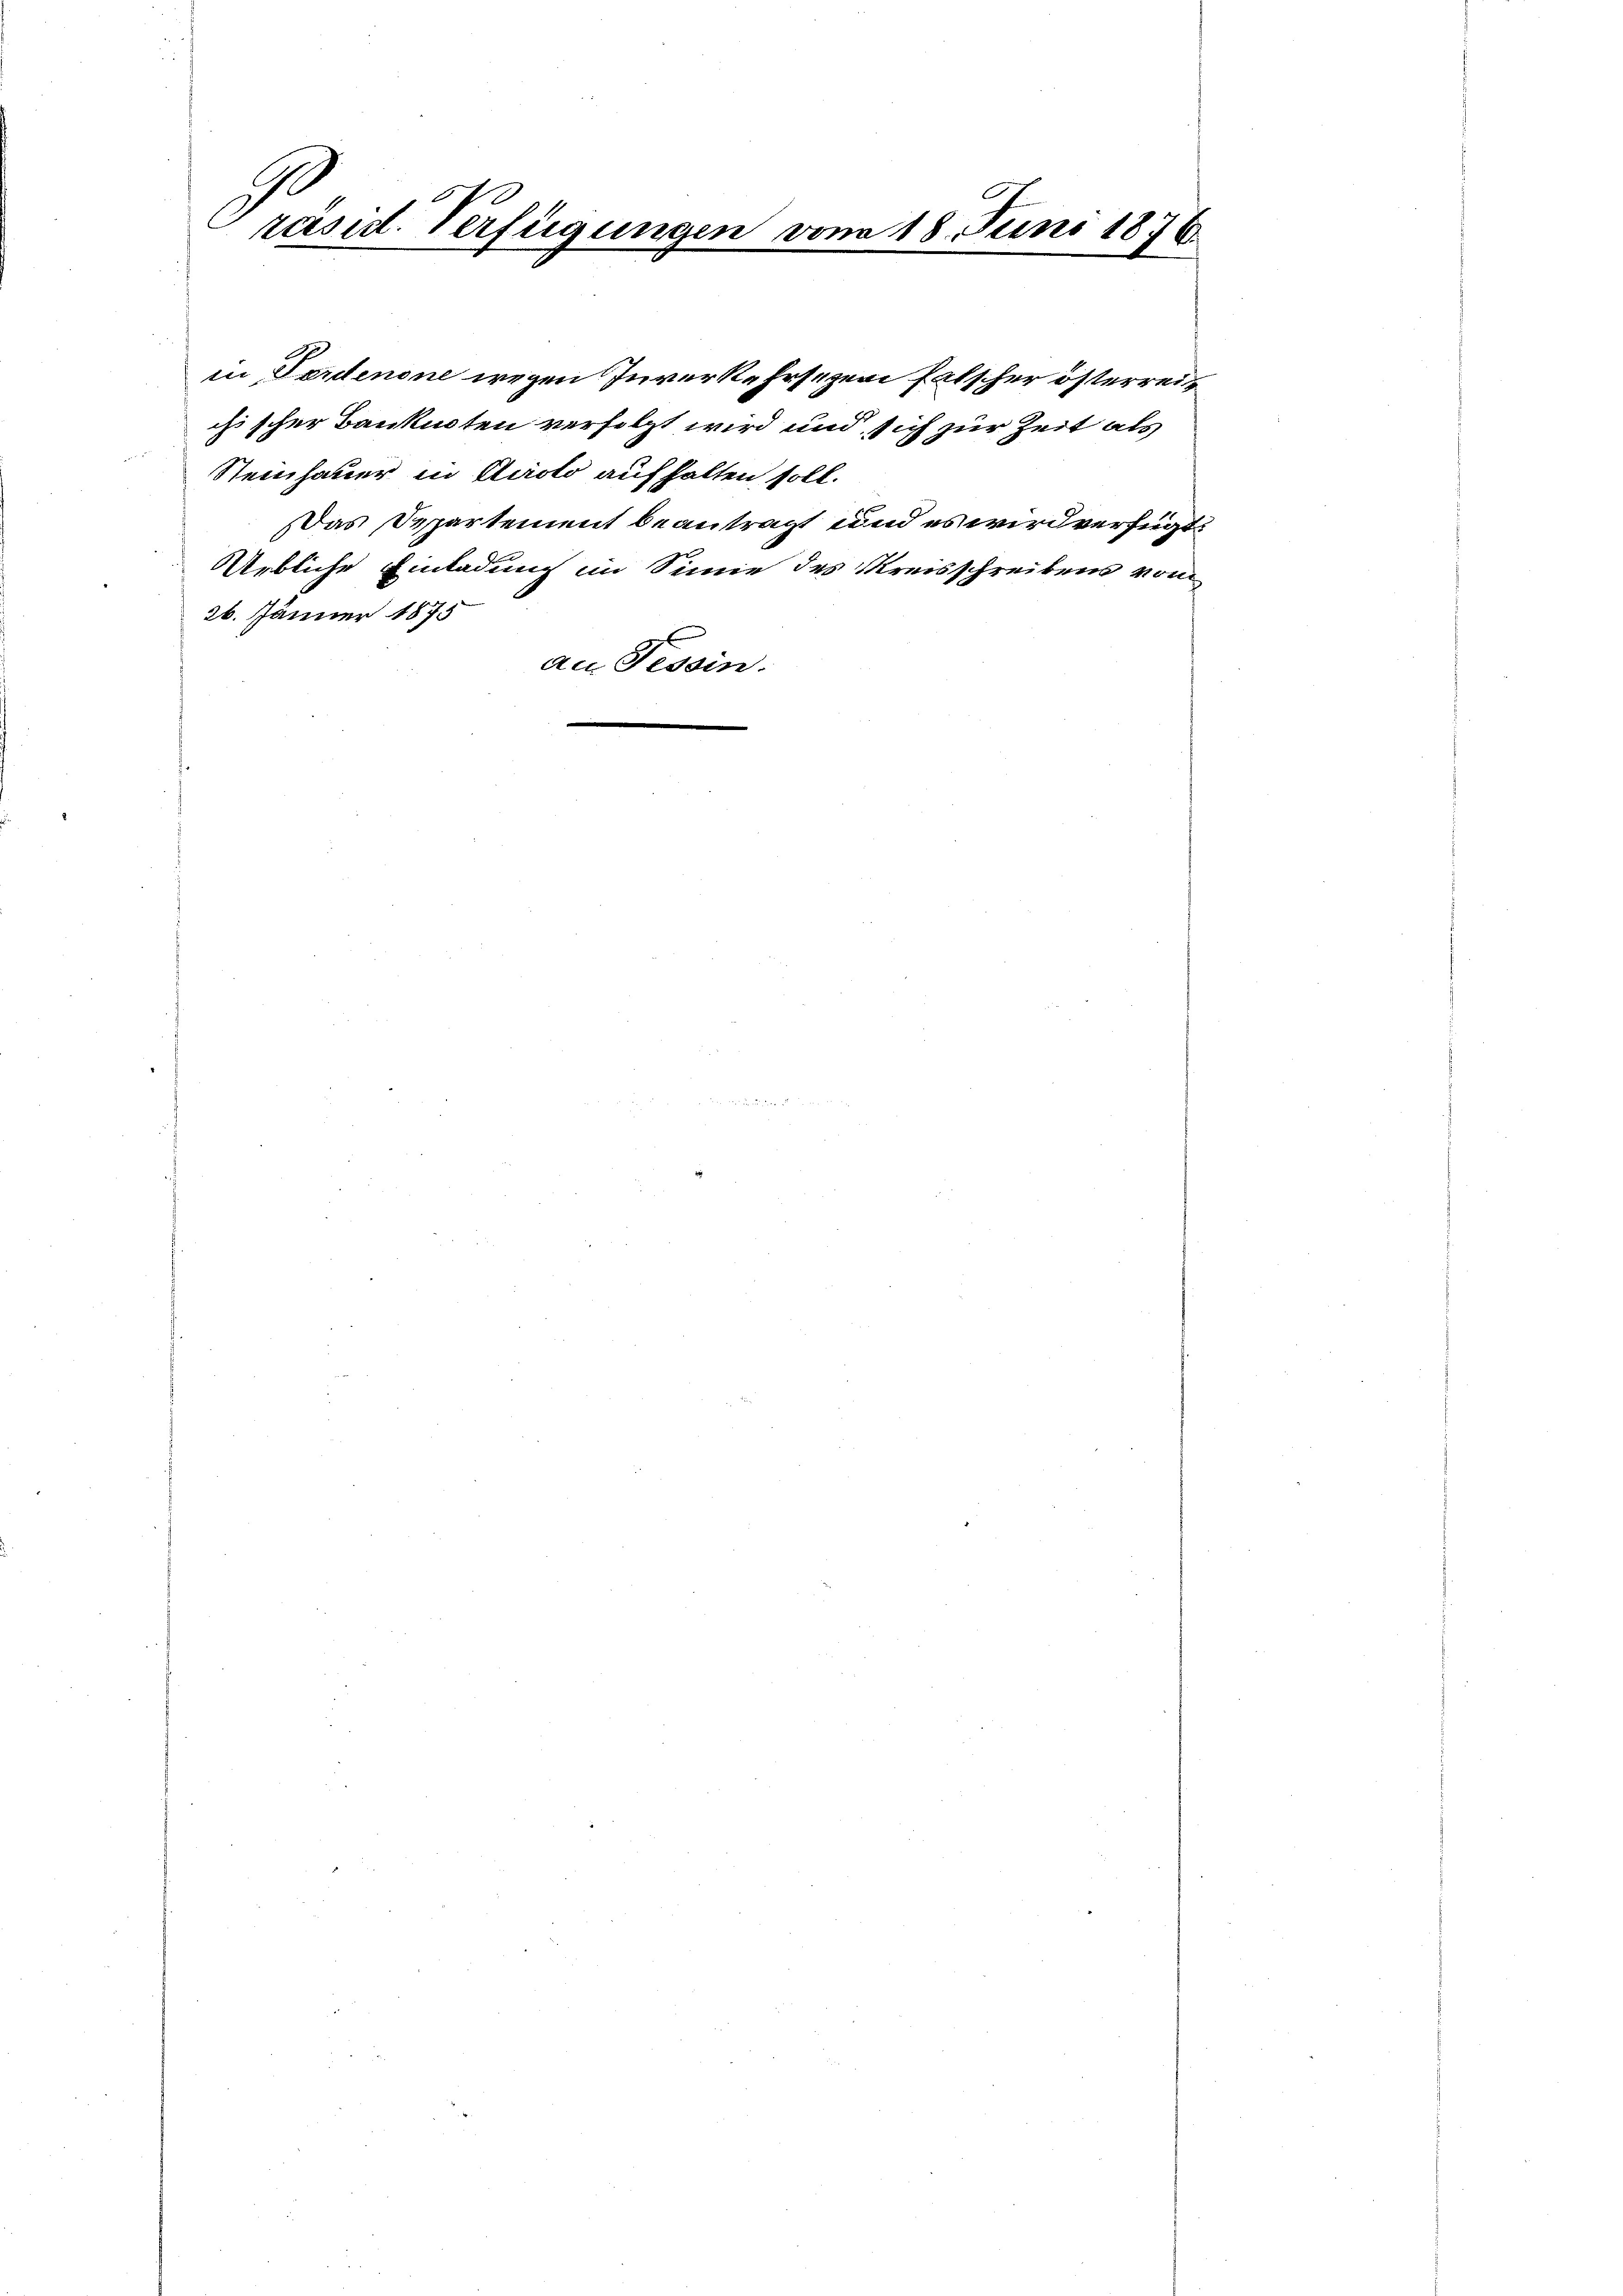
Präsid. Verfügungen vom 18. Juni 1876.

in Fordenone wegen Inverkehrsezen Falscher österreis
chischer Banknoten verfolgt wird und sich zur Zeit als
Steinhauer in Airolo aufhalten soll.
Das Departement beantragt und es wird verfügt:
Uebliche Einladung im Sinne des Kreisschreibens von
26. Jänner 1875
an Tessin.